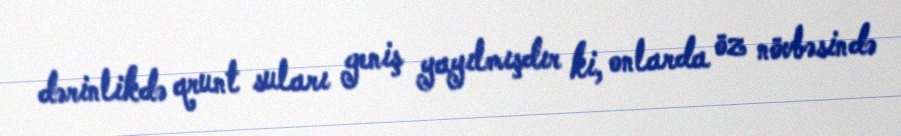
dərinlikdə qrunt suları geniş yayılmışdır ki, onlarda öz növbəsində